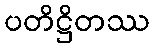
ပတိဋ္ဌိတဿ